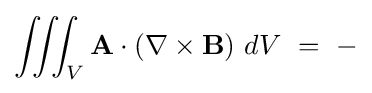
\iiint _{V}\mathbf {A} \cdot \left(\nabla \times \mathbf {B} \right)\,dV\ =\ -